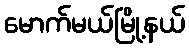
မောက်မယ်မြို့နယ်